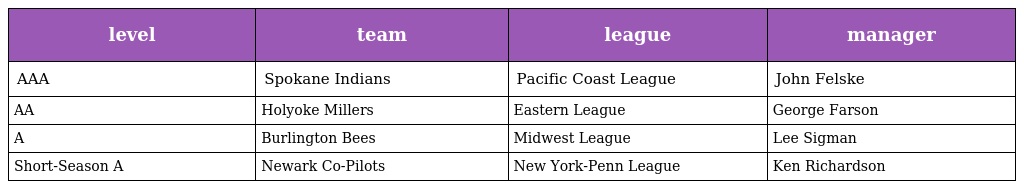
| level | team | league | manager |
 | --- | --- | --- | --- |
 | AAA | Spokane Indians | Pacific Coast League | John Felske |
 | AA | Holyoke Millers | Eastern League | George Farson |
 | A | Burlington Bees | Midwest League | Lee Sigman |
 | Short-Season A | Newark Co-Pilots | New York-Penn League | Ken Richardson |